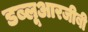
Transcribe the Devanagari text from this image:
डब्लूआरजीबी